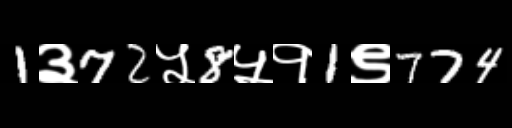
Text: 1३72५8५१1९774